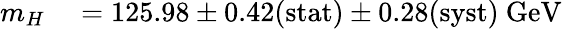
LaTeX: \begin{array}{rl}{m_{H}}&{{}=125.98\pm 0.42\mathrm{{(stat)}}\pm 0.28\mathrm{{(syst)}}\mathrm{{~GeV}}}\end{array}